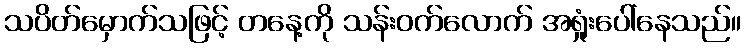
သပိတ်မှောက်သဖြင့် တနေ့ကို သန်းဝက်လောက် အရှုံးပေါ်နေသည်။